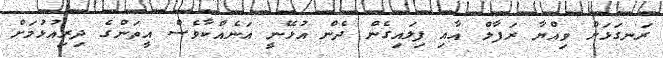
ރަނގަޅަށް ވިއްޔާ ރަފާލް އާއި ފިލައިގެން ދެން އުޅޭނީ އަނެއްކާވެސް އީތަންގެ ދިރިއުޅުމަށް